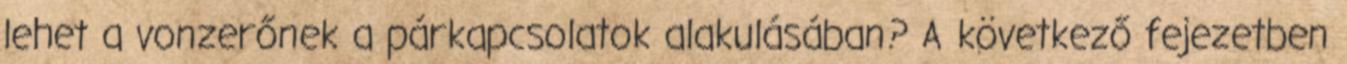
lehet a vonzerőnek a párkapcsolatok alakulásában? A következő fejezetben